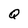
Character: Q